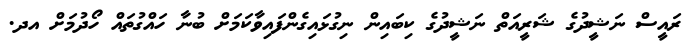
ރައީސް ނަޝީދުގެ ޝަރީއަތް ނަޝީދުގެ ކިބައިން ނިގުޅައިގެންފައިވާކަމަށް ބުނާ ހައްގުތައް ހޯދުމަށް އދ.